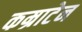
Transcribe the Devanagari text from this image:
कम्राटेन